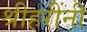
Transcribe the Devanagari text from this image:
श्रीहरींनी